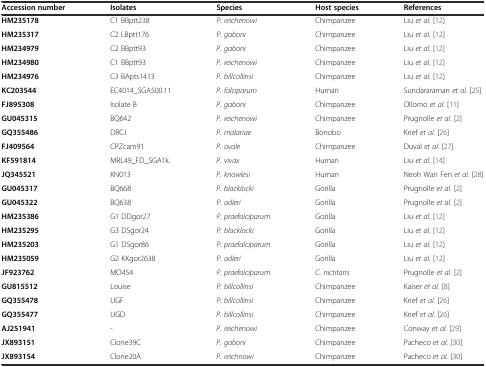
<table><thead><tr><td><b>Accession number</b></td><td><b>Isolates</b></td><td><b>Species</b></td><td><b>Host species</b></td><td><b>References</b></td></tr></thead><tbody><tr><td><b>HM235178</b></td><td>C1 BBptt238</td><td><i>P. reichenowi</i></td><td>Chimpanzee</td><td>Liu <i>et al.</i> [12]</td></tr><tr><td><b>HM235317</b></td><td>C2 LBptt176</td><td><i>P. gaboni</i></td><td>Chimpanzee</td><td>Liu <i>et al.</i> [12]</td></tr><tr><td><b>HM234979</b></td><td>C2 BBptt93</td><td><i>P. gaboni</i></td><td>Chimpanzee</td><td>Liu <i>et al.</i> [12]</td></tr><tr><td><b>HM234980</b></td><td>C1 BBptt93</td><td><i>P. reichenowi</i></td><td>Chimpanzee</td><td>Liu <i>et al.</i> [12]</td></tr><tr><td><b>HM234976</b></td><td>C3 BApts1413</td><td><i>P. billcollinsi</i></td><td>Chimpanzee</td><td>Liu <i>et al.</i> [12]</td></tr><tr><td><b>KC203544</b></td><td>EC4014_SGA500.11</td><td><i>P. falciparum</i></td><td>Human</td><td>Sundararaman <i>et al.</i> [25]</td></tr><tr><td><b>FJ895308</b></td><td>Isolate B</td><td><i>P. gaboni</i></td><td>Chimpanzee</td><td>Ollomo <i>et al</i>. [11]</td></tr><tr><td><b>GU045315</b></td><td>BQ642</td><td><i>P. reichenowi</i></td><td>Chimpanzee</td><td>Prugnolle <i>et al</i>. [2]</td></tr><tr><td><b>GQ355486</b></td><td>DRCJ</td><td><i>P. malariae</i></td><td>Bonobo</td><td>Krief <i>et al</i>. [26]</td></tr><tr><td><b>FJ409564</b></td><td>CPZcam91</td><td><i>P. ovale</i></td><td>Chimpanzee</td><td>Duval <i>et al</i>. [27]</td></tr><tr><td><b>KF591814</b></td><td>MRL49_FD_SGA1k.</td><td><i>P. vivax</i></td><td>Human</td><td>Liu <i>et al.</i> [14]</td></tr><tr><td><b>JQ345521</b></td><td>KN013</td><td><i>P. knowlesi</i></td><td>Human</td><td>Neoh Wan Fen <i>et al</i>. [28]</td></tr><tr><td><b>GU045317</b></td><td>BQ668</td><td><i>P. blacklocki</i></td><td>Gorilla</td><td>Prugnolle <i>et al</i>. [2]</td></tr><tr><td><b>GU045322</b></td><td>BQ638</td><td><i>P. adleri</i></td><td>Gorilla</td><td>Prugnolle <i>et al</i>. [2]</td></tr><tr><td><b>HM235386</b></td><td>G1 DDgor27</td><td><i>P. praefalciparum</i></td><td>Gorilla</td><td>Liu <i>et al.</i> [12]</td></tr><tr><td><b>HM235295</b></td><td>G3 DSgor24</td><td><i>P. blacklocki</i></td><td>Gorilla</td><td>Liu <i>et al.</i> [12]</td></tr><tr><td><b>HM235203</b></td><td>G1 DSgor86</td><td><i>P. praefalciparum</i></td><td>Gorilla</td><td>Liu <i>et al.</i> [12]</td></tr><tr><td><b>HM235059</b></td><td>G2 KKgor2638</td><td><i>P. adleri</i></td><td>Gorilla</td><td>Liu <i>et al.</i> [12]</td></tr><tr><td><b>JF923762</b></td><td>MO454</td><td><i>P. praefalciparum</i></td><td><i>C. nictitans</i></td><td>Prugnolle <i>et al</i>. [2]</td></tr><tr><td><b>GU815512</b></td><td>Louise</td><td><i>P. billcollinsi</i></td><td>Chimpanzee</td><td>Kaiser <i>et al.</i> [8]</td></tr><tr><td><b>GQ355478</b></td><td>UGF</td><td><i>P. billcollinsi</i></td><td>Chimpanzee</td><td>Krief <i>et al</i>. [26]</td></tr><tr><td><b>GQ355477</b></td><td>UGD</td><td><i>P. billcollinsi</i></td><td>Chimpanzee</td><td>Krief <i>et al</i>. [26]</td></tr><tr><td><b>AJ251941</b></td><td>-</td><td><i>P. reichenowi</i></td><td>Chimpanzee</td><td>Conway <i>et al</i>. [29]</td></tr><tr><td><b>JX893151</b></td><td>Clone39C</td><td><i>P. gaboni</i></td><td>Chimpanzee</td><td>Pacheco <i>et al</i>. [30]</td></tr><tr><td><b>JX893154</b></td><td>Clone20A</td><td><i>P. reichnowi</i></td><td>Chimpanzee</td><td>Pacheco <i>et al.</i> [30]</td></tr></tbody></table>